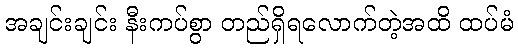
အချင်းချင်း နီးကပ်စွာ တည်ရှိရလောက်တဲ့အထိ ထပ်မံ